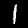
Label: 1